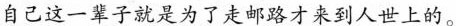
自己这一辈子就是为了走邮路才来到人世上的。